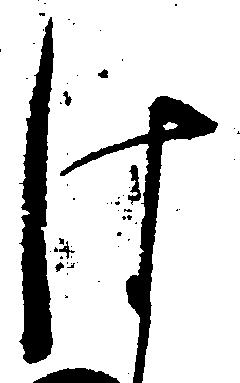
は